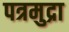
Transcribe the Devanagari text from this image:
पत्रमुद्रा